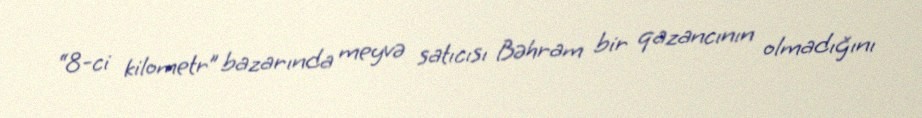
“8-ci kilometr” bazarında meyvə satıcısı Bəhram bir qazancının olmadığını